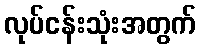
လုပ်ငန်းသုံးအတွက်